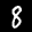
Label: 8